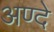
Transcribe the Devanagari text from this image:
अण्दे